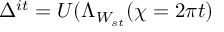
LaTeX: \Delta ^ { i t } = U ( \Lambda _ { W _ { s t } } ( \chi = 2 \pi t )